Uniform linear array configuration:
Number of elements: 8
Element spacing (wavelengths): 0.25
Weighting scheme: blackman
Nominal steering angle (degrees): -45
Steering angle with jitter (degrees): -43.091
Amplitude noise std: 0.05
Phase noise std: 0.05

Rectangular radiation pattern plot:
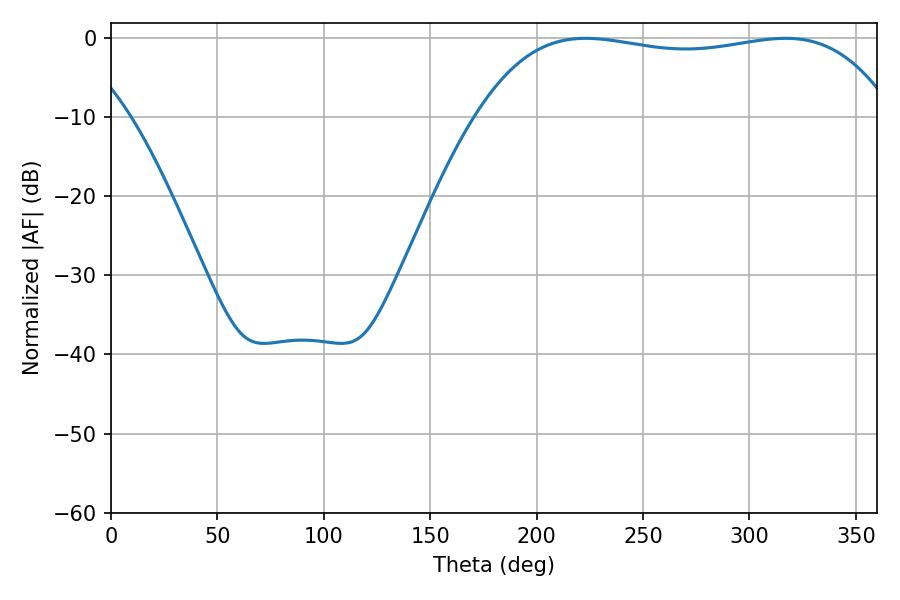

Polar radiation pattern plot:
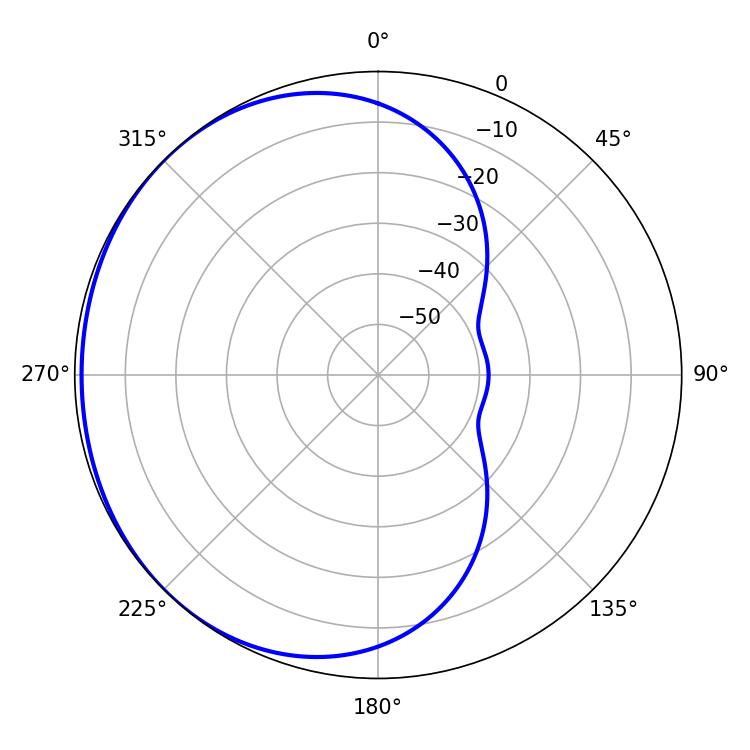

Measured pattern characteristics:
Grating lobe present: FALSE
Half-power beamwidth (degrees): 155.88
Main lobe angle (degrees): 223.02